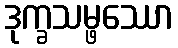
ဒုက္ခသမ္ဖဿော